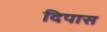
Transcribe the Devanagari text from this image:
दिपास